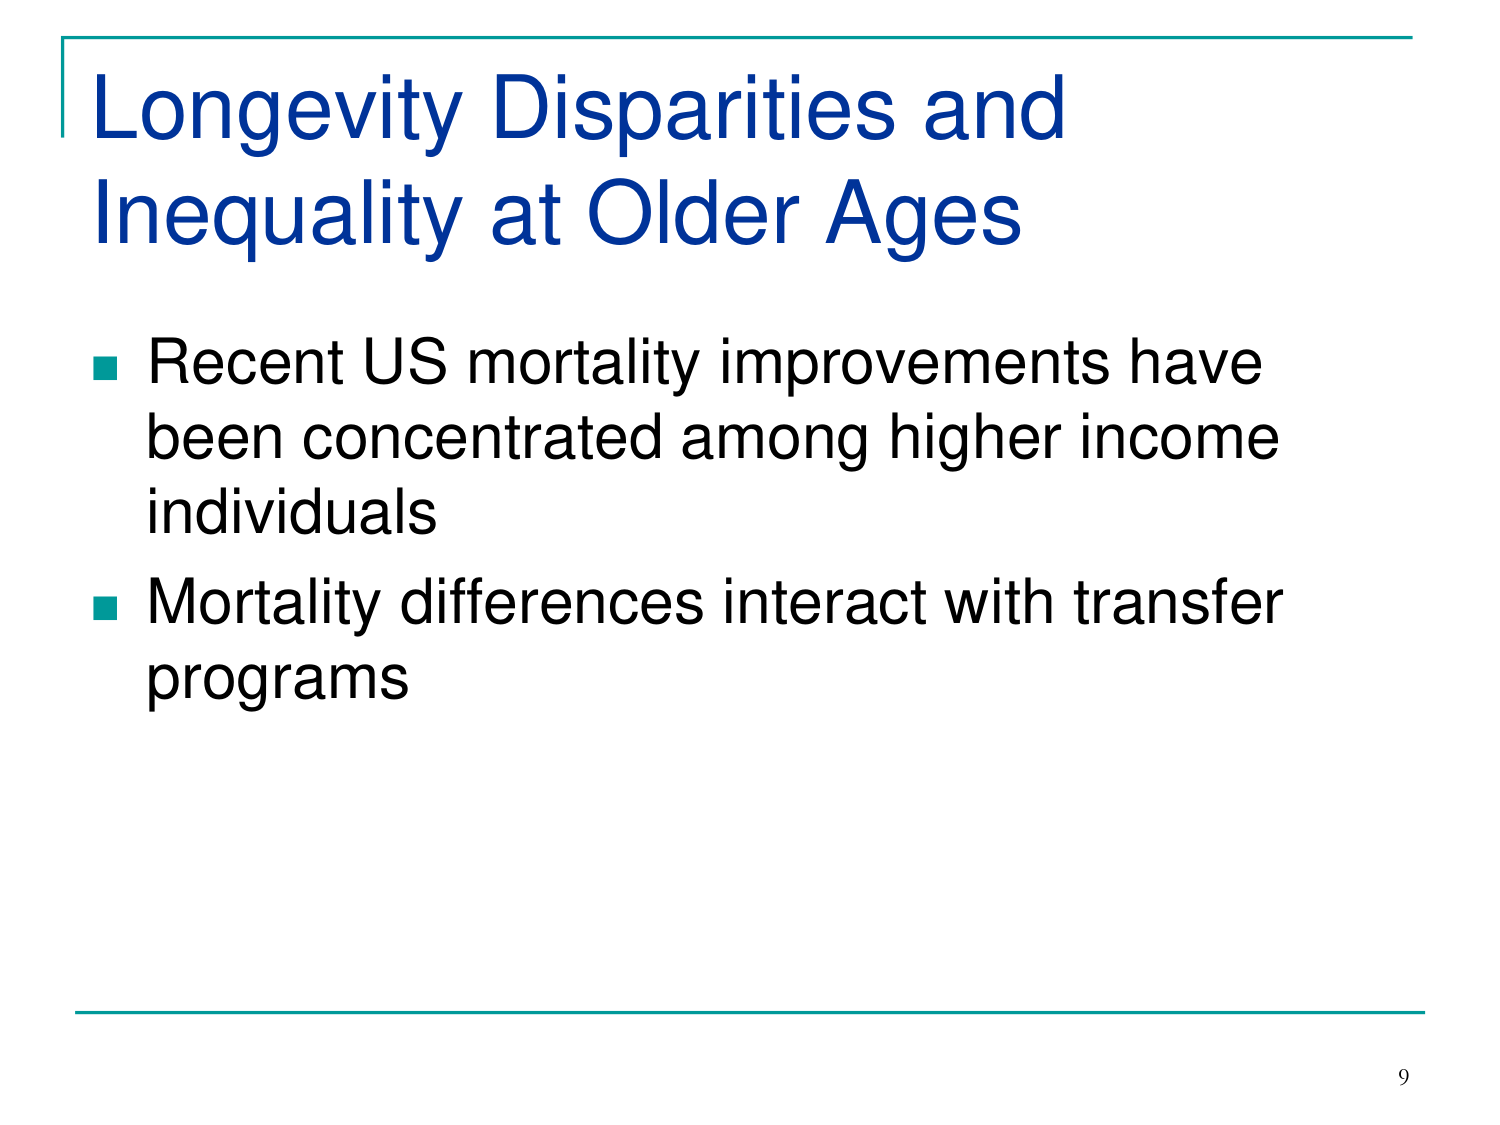
Longevity Disparities and
Inequality at Older Ages

■ Recent US mortality improvements have
been concentrated among higher income
individuals
■ Mortality differences interact with transfer
programs

9